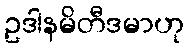
ဥဒါနမိတီဒမာဟု